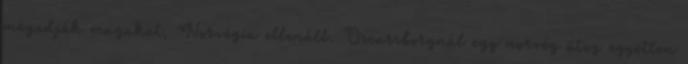
megadják magukat, Norvégia ellenáll. Oscarsborgnál egy norvég üteg egyetlen